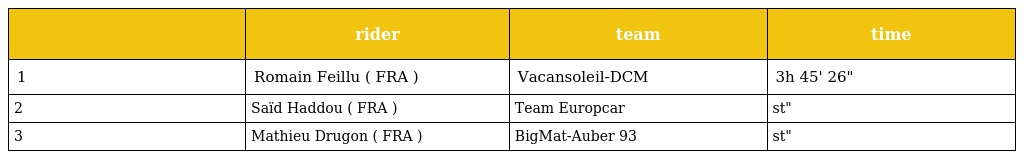
|  | rider | team | time |
 | --- | --- | --- | --- |
 | 1 | Romain Feillu ( FRA ) | Vacansoleil-DCM | 3h 45' 26" |
 | 2 | Saïd Haddou ( FRA ) | Team Europcar | st" |
 | 3 | Mathieu Drugon ( FRA ) | BigMat-Auber 93 | st" |